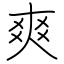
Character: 爽